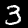
Label: 3